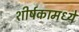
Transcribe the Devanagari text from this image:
शीर्षकामध्ये